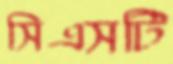
সিএসটি